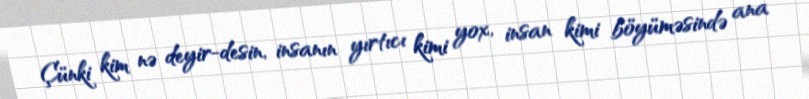
Çünki kim nə deyir-desin, insanın yırtıcı kimi yox, insan kimi böyüməsində ana